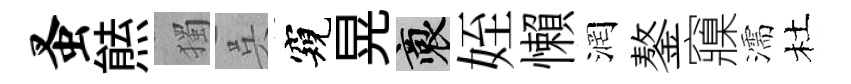
蚤㷱獨呉窺晃裔姪懶润鏊䆿濡杜